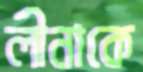
লীনাকে